Sanitation, dispensaries and jails vaccination Rajputana 1922-1927 - 1922-1927
Year: 1922
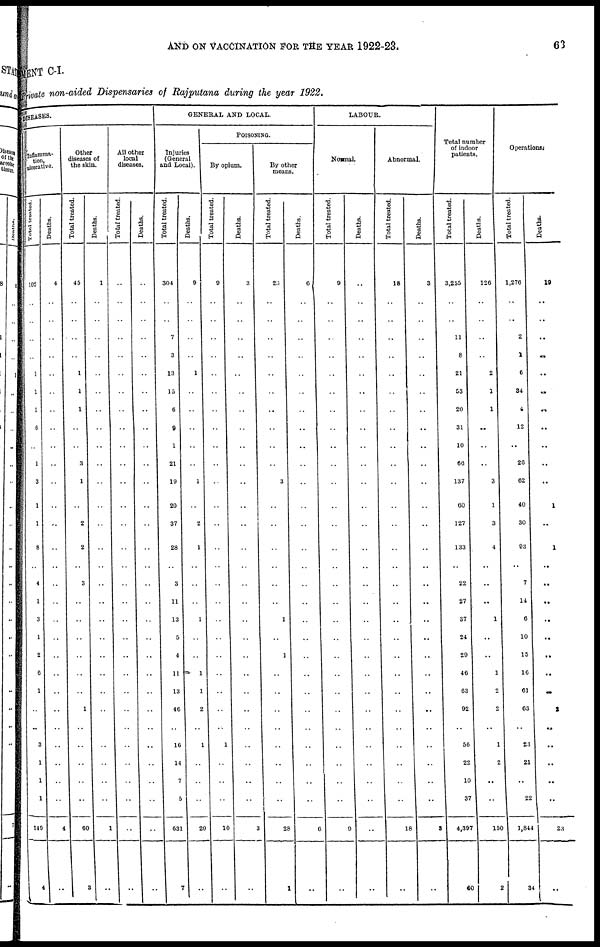
AND ON VACCINATION FOR THE YEAR 1922-23.
63
MENT C-I.
Private non-aided Dispensaries of Rajputana during the year 1922.
DISEASES.
Inflamma-
tion,
ulcerative.
Total treated.
102
..
..
..
..
1
1
1
6
..
1
3
1
1
8
..
4
1
3
1
2
6
1
..
..
3
1
1
1
140
4
Deaths.
4
..
..
..
..
..
..
..
..
..
..
..
..
..
..
..
..
..
..
..
..
..
..
..
..
..
..
..
..
4
..
Other
diseases of
the skin.
Total treated.
45
..
..
..
..
1
1
1
..
..
3
1
..
2
2
..
3
..
..
..
..
..
..
1
..
..
..
..
..
60
3
Deaths.
1
..
..
..
..
..
..
..
..
..
..
..
..
..
..
..
..
..
..
..
..
..
..
..
..
..
..
..
..
1
..
All other
local
diseases.
Total treated.
..
..
..
..
..
..
..
..
..
..
..
..
..
..
..
..
..
..
..
..
..
..
..
..
..
..
..
..
..
..
..
Deaths.
..
..
..
..
..
..
..
..
..
..
..
..
..
..
..
..
..
..
..
..
..
..
..
..
..
..
..
..
..
..
..
GENERAL AND LOCAL.
Injuries
(General
and Local).
Total treated.
304
..
..
7
3
13
15
6
9
1
21
19
20
37
28
..
3
11
13
5
4
11
13
46
..
16
14
7
5
631
..
Deaths.
9
..
..
..
..
1
..
..
..
..
..
1
..
2
1
..
..
..
1
..
..
1
1
2
..
1
..
..
..
20
7
POISONING.
By opium.
Total treated.
9
..
..
..
..
..
..
..
..
..
..
..
..
..
..
..
..
..
..
..
..
..
..
..
..
1
..
..
..
10
..
Deaths.
3
..
..
..
..
..
..
..
..
..
..
..
..
..
..
..
..
..
..
..
..
..
..
..
..
..
..
..
..
3
..
By other
means.
Total treated.
23
..
..
..
..
..
..
..
..
..
..
3
..
..
..
..
..
..
1
..
1
..
..
..
..
..
..
..
..
28
1
Deaths.
6
..
..
..
..
..
..
..
..
..
..
..
..
..
..
..
..
..
..
..
..
..
..
..
..
..
..
..
..
6
..
LABOUR.
Normal.
Total treated.
9
..
..
..
..
..
..
..
..
..
..
..
..
..
..
..
..
..
..
..
..
..
..
..
..
..
..
..
..
9
..
Deaths.
..
..
..
..
..
..
..
..
..
..
..
..
..
..
..
..
..
..
..
..
..
..
..
..
..
..
..
..
..
..
..
Abnormal.
Total treated.
18
..
..
..
..
..
..
..
..
..
..
..
..
..
..
..
..
..
..
..
..
..
..
..
..
..
..
..
..
18
..
Deaths.
3
..
..
..
..
..
..
..
..
..
..
..
..
..
..
..
..
..
..
..
..
..
..
..
..
..
..
..
..
3
..
Total number
of indoor
patients.
Total treated.
3,255
..
..
11
8
21
53
20
31
10
66
137
60
127
133
..
22
27
37
24
29
46
63
92
..
56
22
10
37
4,397
60
Deaths.
126
..
..
..
..
2
1
1
..
..
..
3
1
3
4
..
..
..
1
..
..
1
2
2
..
1
2
..
..
150
2
Operations.
Total treated.
1,276
..
..
2
1
6
34
4
12
..
26
62
40
30
93
..
7
14
6
10
15
16
61
63
..
23
21
..
22
1,844
34
Deaths.
19
..
..
..
..
..
..
..
..
..
..
..
1
..
1
..
..
..
..
..
..
..
..
2
..
..
..
..
..
23
..